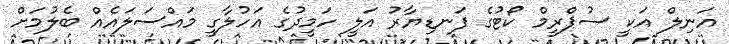
އަނިލް އަކީ ސުޕްރީމް ކޯޓުގެ ފަނޑިޔާރު އަލީ ހަމީދުގެ އަހުލާގީ މައްސަލައެއް ބެލުމަށް